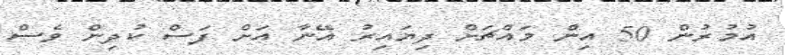
އުމުރުން 50 އިން މައްޗަށް ދިޔައިރު އޭނާ އަށް ފަސް ކުދިން ވެސް